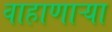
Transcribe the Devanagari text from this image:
वाहाणाऱ्या